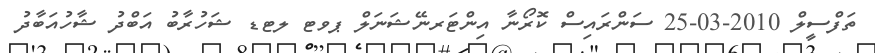
ތަފްސީލް 2010-03-25 ސަންރައިސް ކޮރޯނާ އިންޓަރނޭޝަނަލް ޕވޓ ލޓޑ ޝަހުރާބު އަބްދު ޝާހުއަބާދު